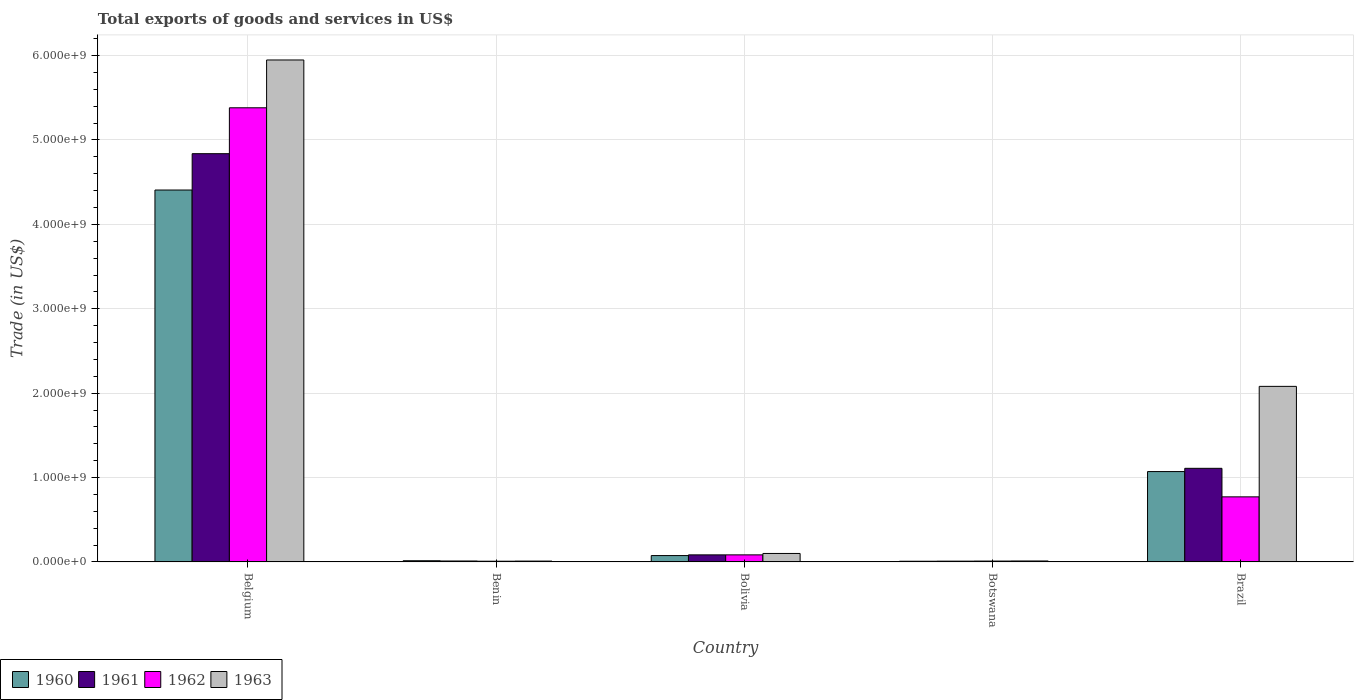
| Country | 1960 | 1961 | 1962 | 1963 |
 | --- | --- | --- | --- | --- |
 | Belgium | 4.41e+09 | 4.84e+09 | 5.38e+09 | 5.95e+09 |
 | Benin | 1.39e+07 | 1.08e+07 | 8.32e+06 | 9.7e+06 |
 | Bolivia | 7.51e+07 | 8.35e+07 | 8.35e+07 | 1e+08 |
 | Botswana | 7.99e+06 | 8.95e+06 | 9.95e+06 | 1.1e+07 |
 | Brazil | 1.07e+09 | 1.11e+09 | 7.71e+08 | 2.08e+09 |